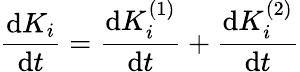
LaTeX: \frac{\mathrm{d}K_{i}}{\mathrm{d}t}=\frac{\mathrm{d}K_{i}^{(1)}}{\mathrm{d}t}+\frac{\mathrm{d}K_{i}^{(2)}}{\mathrm{d}t}